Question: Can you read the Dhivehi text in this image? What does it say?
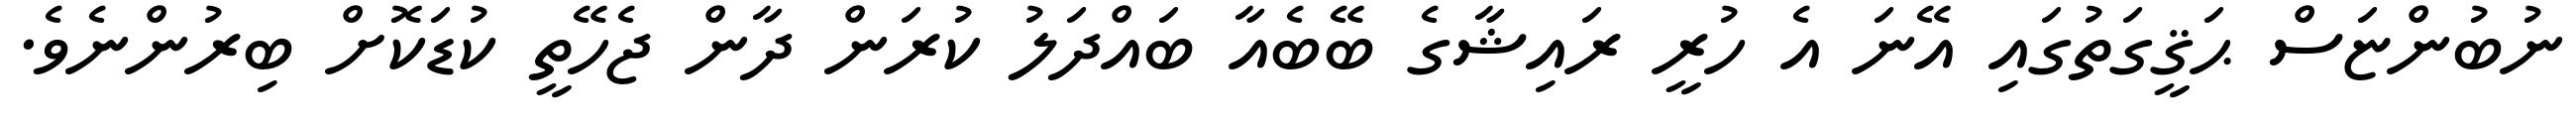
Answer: ނުބުންޏަސް ޙަޤީގަތުގައި އޭނަ އެ ހުރީ ރައިޝާގެ ބޭބެއާ ބައްދަލު ކުރަން ދާން ޖެހޭތީ ކުޑަކޮށް ބިރުންނެވެ.